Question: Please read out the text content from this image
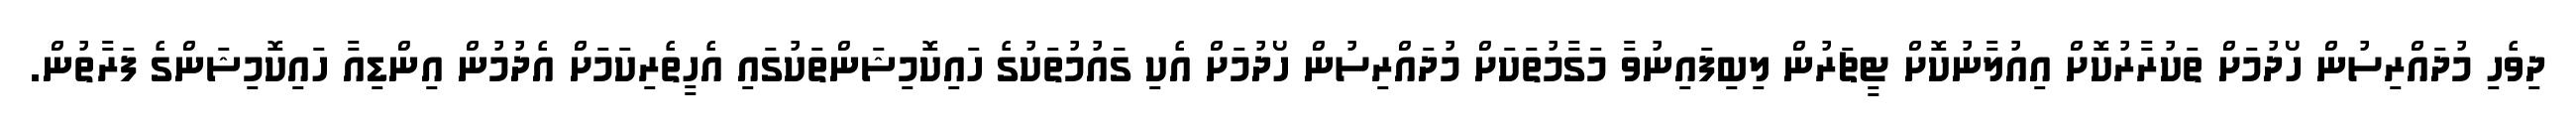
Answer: ދިވެހި މުދައްރިސުން ހޯދުމަށް ތަކުރާރުކޮށް އިއުލާނުކޮށް ޓީޗަރުން ލިބިފައިނުވާ މަގާމުތަކަށް މުދައްރިސުން ހޯދުމަށް އެކި ގަައުމުތަކުގެ ހައިކޮމިޝަންތަކުގައި އެހީތެރިކަމަށް އެދުމުން އިންޑިއާ ހައިކޮމިޝަންގެ ފަރާތުން.